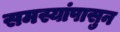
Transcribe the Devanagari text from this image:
समस्यांपासुन